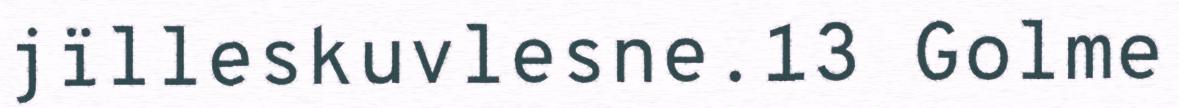
jïlleskuvlesne.13 Golme